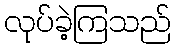
လုပ်ခဲ့ကြသည်